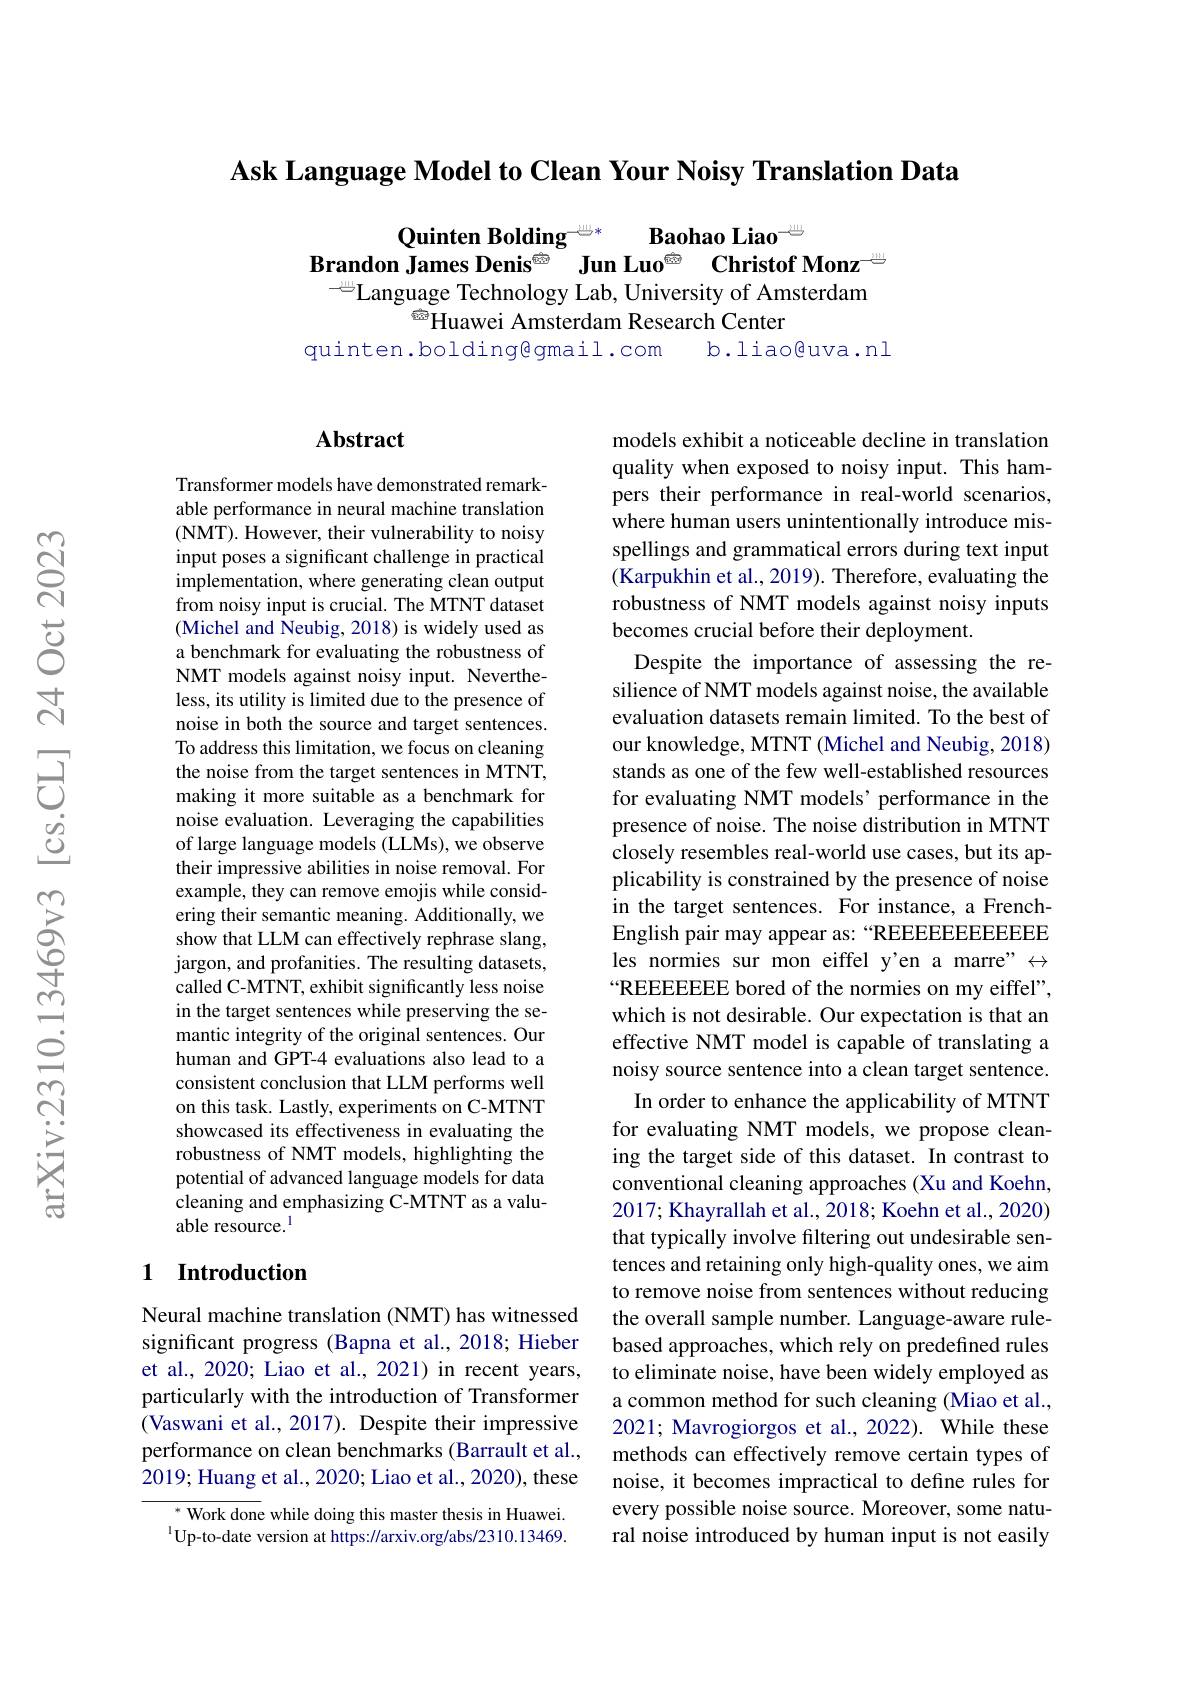
Ask Language Model to Clean Your Noisy Translation Data

Quinten Bolding$^{-\text{心}*}$ Baohao Liao$^{-\text{心}}$
Brandon James Denis$^{\textcircled{\text{জি}}}$ Jun Luo$^{\textcircled{\text{জি}}}$ Christof Monz$^{\textcircled{\text{গুঁ}}}$
Language Technology Lab, University of Amsterdam
$^{\text{ซิ}}$Huawei Amsterdam Research Center
quinten.bolding@gmail.com
b.liao@uva.nl

## Abstract

Transformer models have demonstrated remarkable performance in neural machine translation (NMT). However, their vulnerability to noisy input poses a significant challenge in practical implementation, where generating clean output from noisy input is crucial. The MTNT dataset (Michel and Neubig, 2018) is widely used as a benchmark for evaluating the robustness of NMT models against noisy input. Nevertheless, its utility is limited due to the presence of noise in both the source and target sentences. To address this limitation, we focus on cleaning the noise from the target sentences in MTNT, making it more suitable as a benchmark for noise evaluation. Leveraging the capabilities of large language models (LLMs), we observe their impressive abilities in noise removal. For example, they can remove emojis while considering their semantic meaning. Additionally, we show that LLM can effectively rephrase slang, jargon, and profanities. The resulting datasets, called C-MTNT, exhibit significantly less noise in the target sentences while preserving the semantic integrity of the original sentences. Our human and GPT-4 evaluations also lead to a consistent conclusion that LLM performs well on this task. Lastly, experiments on C-MTNT showcased its effectiveness in evaluating the robustness of NMT models, highlighting the potential of advanced language models for data cleaning and emphasizing C-MTNT as a valuable resource.$^{\mathrm{l}}$

## 1 Introduction

Neural machine translation (NMT) has witnessed significant progress (Bapna et al., 2018; Hieber et al., 2020; Liao et al., 2021) in recent years, particularly with the introduction of Transformer (Vaswani et al., 2017). Despite their impressive performance on clean benchmarks (Barrault et al., 2019; Huang et al., 2020; Liao et al., 2020), these

$^{*}$ Work done while doing this master thesis in Huawei. $^{1}$Up-to-date version at https://arxiv.org/abs/2310.13469.

models exhibit a noticeable decline in translation quality when exposed to noisy input. This hampers their performance in real-world scenarios, where human users unintentionally introduce misspellings and grammatical errors during text input (Karpukhin et al., 2019). Therefore, evaluating the robustness of NMT models against noisy inputs becomes crucial before their deployment.
Despite the importance of assessing the resilience of NMT models against noise, the available evaluation datasets remain limited. To the best of our knowledge, MTNT (Michel and Neubig, 2018) stands as one of the few well-established resources for evaluating NMT models' performance in the presence of noise. The noise distribution in MTNT closely resembles real-world use cases, but its applicability is constrained by the presence of noise in the target sentences. For instance, a FrenchEnglish pair may appear as: “REEEEEEEEEEE les normies sur mon eiffel y'en a marre" $\leftrightarrow$ $“$REEEEEEEEE bored of the normies on my eiffel", which is not desirable. Our expectation is that an effective NMT model is capable of translating a noisy source sentence into a clean target sentence. In order to enhance the applicability of MTNT
for evaluating NMT models, we propose cleaning the target side of this dataset. In contrast to conventional cleaning approaches (Xu and Koehn, 2017; Khayrallah et al., 2018; Koehn et al., 2020) that typically involve filtering out undesirable sentences and retaining only high-quality ones, we aim to remove noise from sentences without reducing the overall sample number. Language-aware rulebased approaches, which rely on predefined rules to eliminate noise, have been widely employed as a common method for such cleaning (Miao et al., 2021; Mavrogiorgos et al., 2022). While these methods can effectively remove certain types of noise, it becomes impractical to define rules for every possible noise source. Moreover, some natural noise introduced by human input is not easily